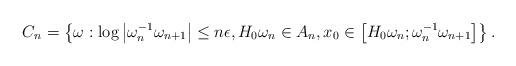
LaTeX: \begin{align*}C_{n}=\left\{ \omega:\log\left|\omega_{n}^{-1}\omega_{n+1}\right|\le n\epsilon,H_{0}\omega_{n}\in A_{n},x_{0}\in\left[H_{0}\omega_{n};\omega_{n}^{-1}\omega_{n+1}\right]\right\} .\end{align*}